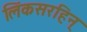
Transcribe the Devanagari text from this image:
लिंकसरहिन्